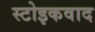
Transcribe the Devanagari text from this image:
स्टोइकवाद